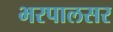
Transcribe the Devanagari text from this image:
भरपालसर